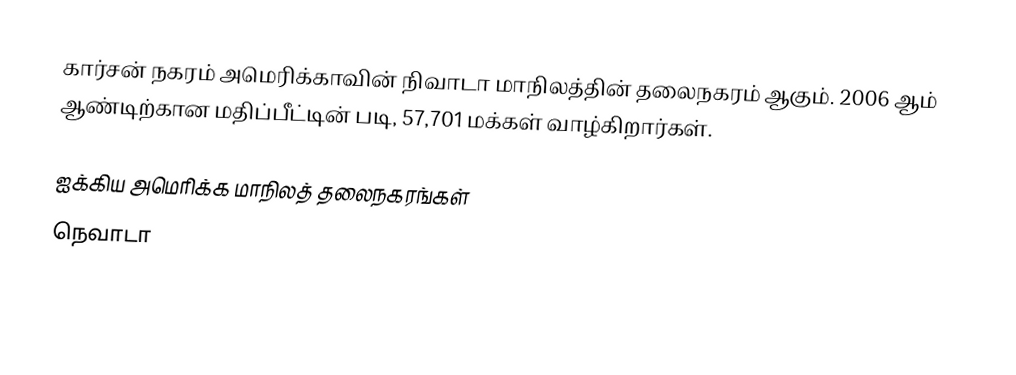
கார்சன் நகரம் அமெரிக்காவின் நிவாடா மாநிலத்தின் தலைநகரம் ஆகும். 2006 ஆம் ஆண்டிற்கான மதிப்பீட்டின் படி, 57,701 மக்கள் வாழ்கிறார்கள்.

ஐக்கிய அமெரிக்க மாநிலத் தலைநகரங்கள்
நெவாடா